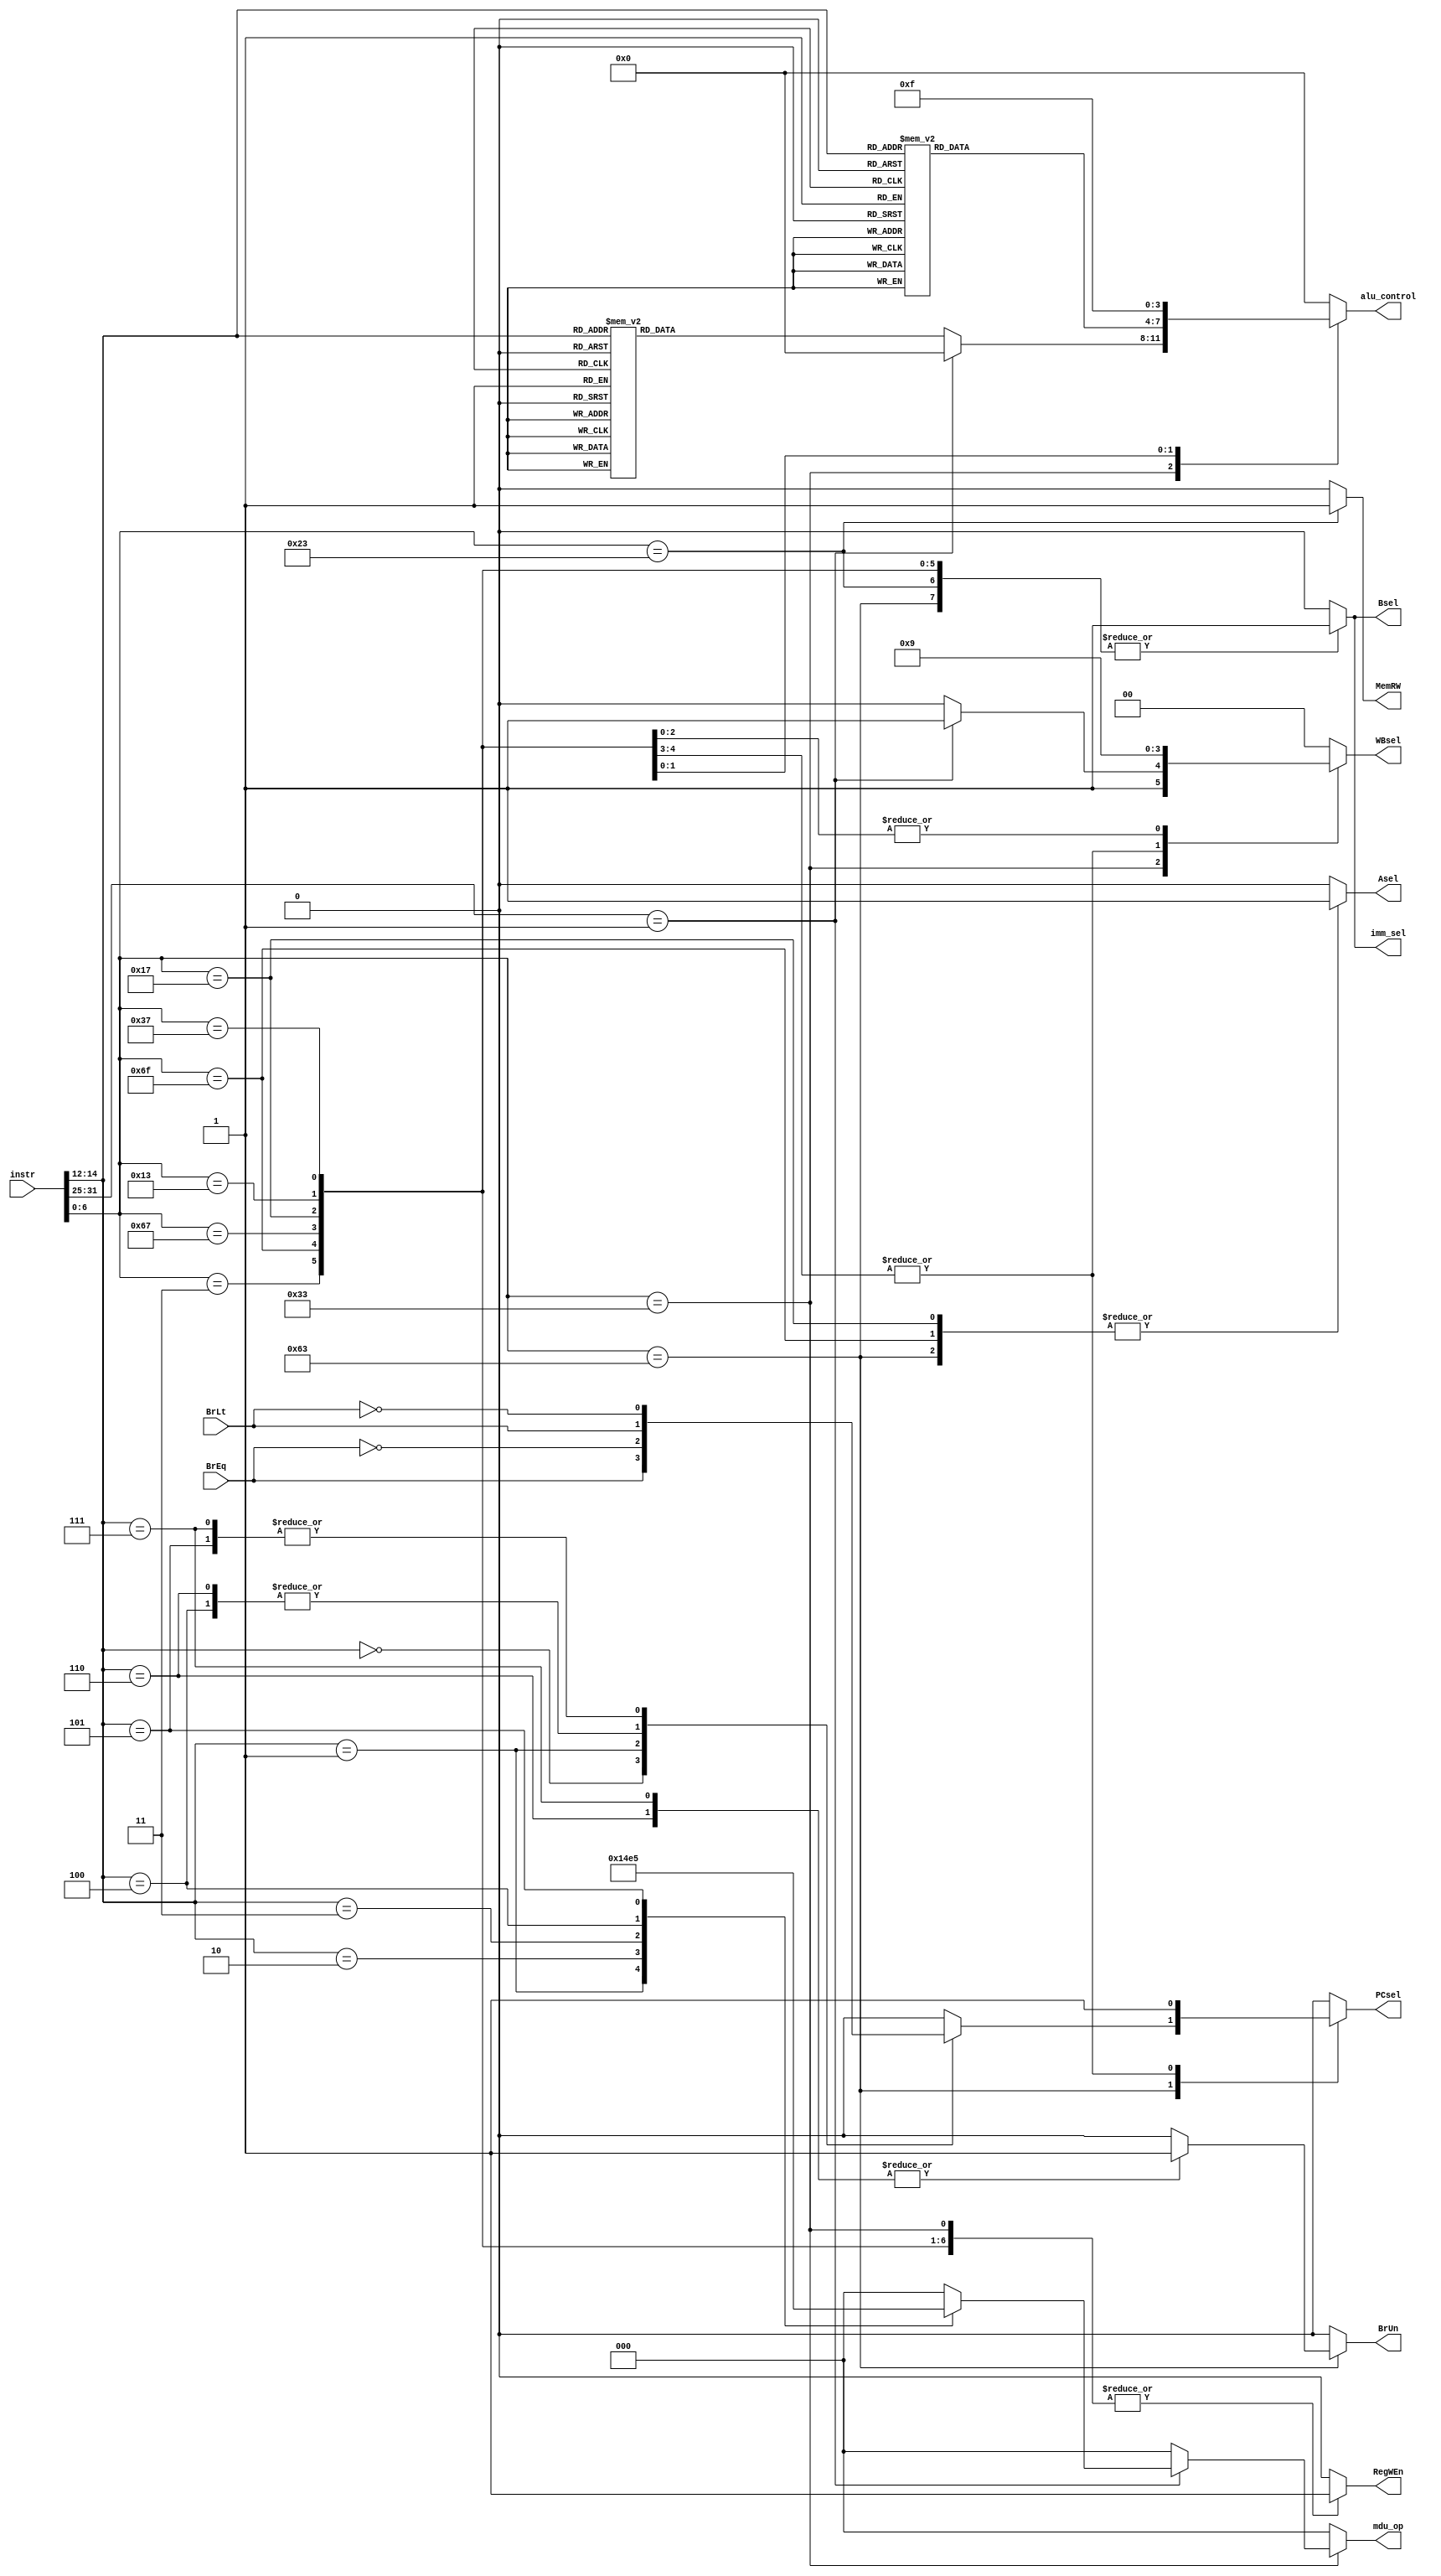
`timescale 1ns / 1ps

module controller(
    input [31:0] instr,
    input BrEq, BrLt,
    output reg RegWEn, imm_sel, Bsel, Asel, BrUn, PCsel,
    output reg MemRW,
    output reg [1:0] WBsel,
    output reg [3:0] alu_control,
    output reg [2:0] mdu_op
    );
    
    //opcode
    parameter R_type        = 7'b0110011;
    parameter I_R_type      = 7'b0010011;
    parameter Load_type     = 7'b0000011;
    parameter Store_type    = 7'b0100011;
    parameter B_type        = 7'b1100011;
    parameter JAL_type      = 7'b1101111;
    parameter JALR_type     = 7'b1100111;
    parameter LUI           = 7'b0110111;
    parameter AUIPC         = 7'b0010111;
    
    //alu control
    parameter add   = 4'b0000;
    parameter sub   = 4'b0001;
    parameter orr   = 4'b0010;
    parameter andd  = 4'b0011;
    parameter xorr  = 4'b0100;
    parameter slt   = 4'b0101;
    parameter sll   = 4'b0110;
    parameter srl   = 4'b0111;
    parameter sra   = 4'b1000;
    parameter sltu  = 4'b1001;
    parameter lui   = 4'b1111;
    
    //funct3
    parameter ADD  = 3'b000;
    parameter SUB  = 3'b000;
    parameter ORR  = 3'b110;
    parameter ANDD = 3'b111;
    parameter XORR = 3'b100;
    parameter SLT  = 3'b010;
    parameter SLL  = 3'b001;
    parameter SRL  = 3'b101;
    parameter SRA  = 3'b101;
    parameter SLTU = 3'b011;

    //funct7 MDU
    parameter MDU_OP = 7'b0000001;
    //funct3 MDU
    parameter MUL  = 3'b000;
    parameter MULH = 3'b001;
    parameter DIV  = 3'b010;
    parameter DIVU = 3'b011;
    parameter REM  = 3'b100;
    parameter REMU = 3'b101;
    
    //describe each element of instruction
    wire [6:0] opcode;
    wire [6:0] funct7;
    wire [2:0] funct3;
    assign opcode = instr[6:0];
    assign funct7 = instr[31:25];
    assign funct3 = instr[14:12];
    
    always @(*) begin
        // Default control signal values
        PCsel = 0;
        imm_sel = 0;
        RegWEn = 0;
        BrUn = 0;
        Bsel = 0;
        Asel = 0;
        WBsel = 2'b00;
        MemRW = 0;
        alu_control = 4'b0000;
        mdu_op = 3'b000;

case (opcode)
            R_type: begin
                if (funct7 == MDU_OP) begin
                    case (funct3)
                        MUL:  mdu_op = MUL;
                        MULH: mdu_op = MULH;
                        DIV:  mdu_op = DIV;
                        DIVU: mdu_op = DIVU;
                        REM:  mdu_op = REM;
                        REMU: mdu_op = REMU;
                    endcase
                    RegWEn = 1;
                    WBsel = 3;
                end else begin
                    case (funct3)
                        ADD: alu_control = add;
                        ORR: alu_control = orr;
                        ANDD: alu_control = andd;
                        XORR: alu_control = xorr;
                        SLT: alu_control = slt;
                        SLTU: alu_control = sltu;
                        SLL: alu_control = sll;
                        SRL: alu_control = srl;
                        SRA: alu_control = sra;
                    endcase
                    RegWEn = 1;
                    WBsel = 2'b10;
                end
            end
            I_R_type: begin
                case (funct3)
                    ADD : alu_control = add;
                    ORR : alu_control = orr;
                    ANDD: alu_control = andd;
                    XORR: alu_control = xorr;
                    SLT : alu_control = slt;
                    SLTU: alu_control = sltu;
                    SLL : alu_control = sll;
                    SRL : alu_control = srl;
                    SRA : alu_control = sra;
                default : alu_control = add;
                endcase
                PCsel = 0;
                imm_sel = 1;
                RegWEn = 1;
                Bsel = 1;
                Asel = 0;
                WBsel = 2'b01;
                MemRW = 0;
            end
            Load_type: begin
                imm_sel = 1;
                RegWEn = 1;
                Bsel = 1;
                WBsel = 2'b00;
                MemRW = 0;
                alu_control = add;
            end
            Store_type: begin
                imm_sel = 1;
                RegWEn = 0;
                Bsel = 1;
                MemRW = 1;
                alu_control = add;
            end
            B_type: begin
                imm_sel = 1;
                RegWEn = 0;
                Bsel = 1;
                Asel = 1;
                alu_control = add;
                MemRW = 0;
                case (funct3)
                    3'b000: begin // BEQ
                        BrUn = 0;
                        PCsel = BrEq;
                    end
                    3'b001: begin // BNE
                        BrUn = 0;
                        PCsel = ~BrEq;
                    end
                    3'b100: begin // BLT
                        BrUn = 0;
                        PCsel = BrLt;
                    end
                    3'b101: begin // BGE
                        BrUn = 0;
                        PCsel = ~BrLt;
                    end
                    3'b110: begin // BLTU
                        BrUn = 1;
                        PCsel = BrLt;
                    end
                    3'b111: begin // BGEU
                        BrUn = 1;
                        PCsel = ~BrLt;
                    end
                endcase
            end
            JAL_type: begin
                PCsel = 1;
                imm_sel = 1;
                RegWEn = 1;
                Bsel = 1;
                Asel = 1;
                alu_control = add;
                MemRW = 0;
                WBsel = 2'b10;
            end
            JALR_type: begin
                PCsel = 1;
                imm_sel = 1;
                RegWEn = 1;
                Bsel = 1;
                Asel = 0;
                alu_control = add;
                MemRW = 0;
                WBsel = 2'b10;
            end
            LUI: begin
                PCsel = 0;
                imm_sel = 1;
                RegWEn = 1;
                Bsel = 1;
                alu_control = lui;
                MemRW = 0;
                WBsel = 2'b01;
            end
            AUIPC: begin
                PCsel = 0;
                imm_sel = 1;
                RegWEn = 1;
                Bsel = 1;
                Asel = 1;
                alu_control = add;
                MemRW = 0;
                WBsel = 2'b01;
            end
            default: begin
                PCsel = 0;
                imm_sel = 0;
                RegWEn = 0;
                BrUn = 0;
                Bsel = 0;
                Asel = 0;
                WBsel = 2'b00;
                MemRW = 0;
                alu_control = 4'b0000;
            end
        endcase
    end
endmodule